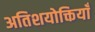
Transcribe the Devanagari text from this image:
अतिशयोक्तियाँ